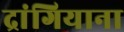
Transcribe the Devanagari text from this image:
द्रांगियाना